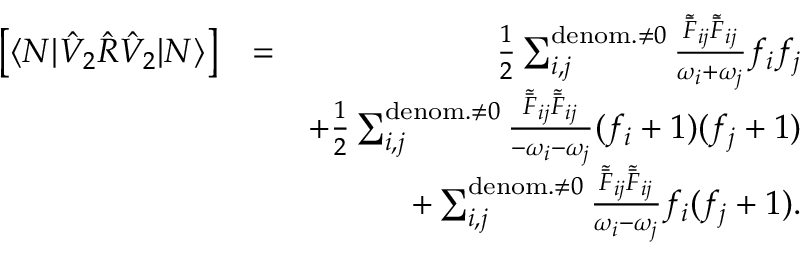
\begin{array} { r l r } { \left[ \langle N | \hat { V } _ { 2 } \hat { R } \hat { V } _ { 2 } | N \rangle \right] } & { = } & { \frac { 1 } { 2 } \sum _ { i , j } ^ { { \mathrm { d e n o m . } \neq 0 } } \frac { \tilde { \bar { F } } _ { i j } \tilde { \bar { F } } _ { i j } } { \omega _ { i } + \omega _ { j } } f _ { i } f _ { j } } \\ & { } & { + \frac { 1 } { 2 } \sum _ { i , j } ^ { { \mathrm { d e n o m . } \neq 0 } } \frac { \tilde { \bar { F } } _ { i j } \tilde { \bar { F } } _ { i j } } { - \omega _ { i } - \omega _ { j } } ( f _ { i } + 1 ) ( f _ { j } + 1 ) } \\ & { } & { + \sum _ { i , j } ^ { \mathrm { d e n o m . } \neq 0 } \frac { \tilde { \bar { F } } _ { i j } \tilde { \bar { F } } _ { i j } } { \omega _ { i } - \omega _ { j } } f _ { i } ( f _ { j } + 1 ) . } \end{array}